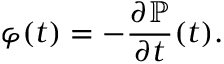
\varphi ( t ) = - \frac { \partial \mathbb { P } } { \partial t } ( t ) .